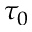
\tau _ { 0 }